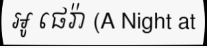
អូ ផេរ៉ា (A Night at